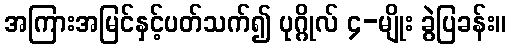
အကြားအမြင်နှင့်ပတ်သက်၍ ပုဂ္ဂိုလ် ၄-မျိုး ခွဲပြခန်း။